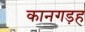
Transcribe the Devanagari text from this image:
कानगड़ह